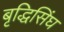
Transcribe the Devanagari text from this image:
बृद्धिसिंघ